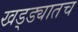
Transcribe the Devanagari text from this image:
खड्ड्यातच